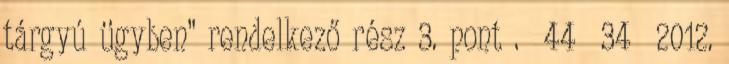
tárgyú ügyben” rendelkező rész 3. pont . 44 34 2012.